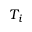
T _ { i }